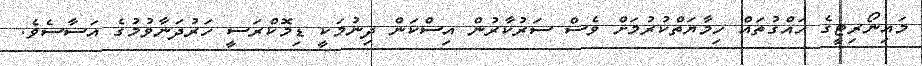
މައިނޯރިޓީގެ ހައްގުތައް ހިމާޔަތްކުރުމަށް ވެސް ސަރުކާރުން އިސްކަން ދިނުމަކީ ޑިމޮކްރަސީ ހަރުދަނާވުމުގެ އަސާސެވެ.